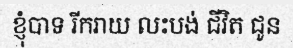
ខ្ញុំបាទ រីករាយ លះបង់ ជីវិត ជូន